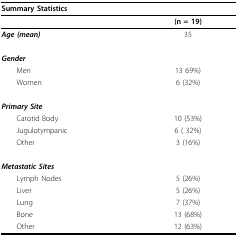
<table><thead><tr><td><b>Summary Statistics</b></td><td></td></tr></thead><tbody><tr><td></td><td><b>(n = 19)</b></td></tr><tr><td><b><i>Age (mean)</i></b></td><td>35</td></tr><tr><td><b><i>Gender</i></b></td><td></td></tr><tr><td> Men</td><td>13 69%)</td></tr><tr><td> Women</td><td>6 (32%)</td></tr><tr><td><b><i>Primary Site</i></b></td><td></td></tr><tr><td> Carotid Body</td><td>10 (53%)</td></tr><tr><td> Jugulotympanic</td><td>6 ( 32%)</td></tr><tr><td> Other</td><td>3 (16%)</td></tr><tr><td><b><i>Metastatic Sites</i></b></td><td></td></tr><tr><td> Lymph Nodes</td><td>5 (26%)</td></tr><tr><td> Liver</td><td>5 (26%)</td></tr><tr><td> Lung</td><td>7 (37%)</td></tr><tr><td> Bone</td><td>13 (68%)</td></tr><tr><td> Other</td><td>12 (63%)</td></tr></tbody></table>